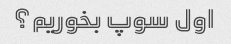
اول سوپ بخوریم؟